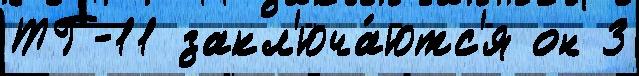
ТГ-11 закл'юча́ютс'я он 3